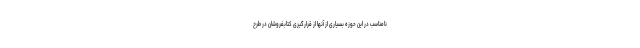
نامناسب در این حوزه بسیاری از آنها از قرارگیری کتابفروشان در طرح